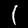
Digit: 1